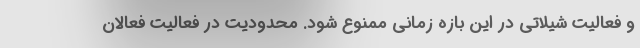
و فعالیت شیلاتی در این بازه زمانی ممنوع شود. محدودیت در فعالیت فعالان